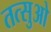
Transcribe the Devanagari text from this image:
तत्सुओ